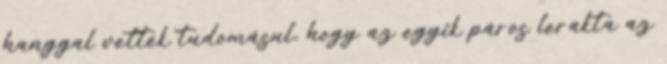
hanggal vették tudomásul, hogy az egyik páros lerakta az